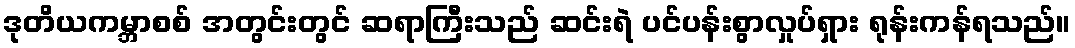
ဒုတိယကမ္ဘာစစ် အတွင်းတွင် ဆရာကြီးသည် ဆင်းရဲ ပင်ပန်းစွာလှုပ်ရှား ရုန်းကန်ရသည်။